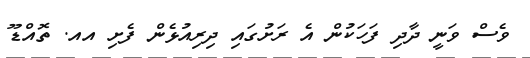
ވެސް ވަނީ ދާދި ފަހަކުން އެ ރަށުގައި ދިރިއުޅެން ފެށި އއ. ތޮއްޑޫ